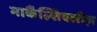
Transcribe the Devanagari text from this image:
मार्कैंल्शिएलीज़